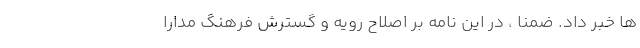
ها خبر داد. ضمناً ، در این نامه بر اصلاح رویه و گسترش فرهنگ مدارا